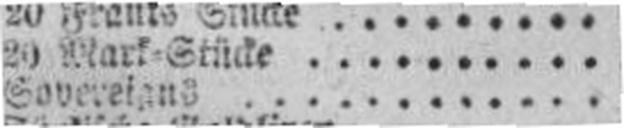
Sovereigns